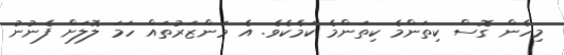
މިހެން ގޮސް ކިތަންމެ ކިތަންމެ ކަމެކެވެ. އެ މަންޒަރުތައް ހަމަ ލޮލަށް ފެނުނު